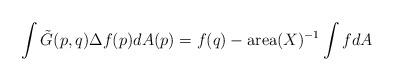
LaTeX: \begin{align*}\int \tilde{G}(p,q) \Delta f(p) dA(p) = f(q) - \operatorname{area}(X)^{-1} \int f dA\end{align*}